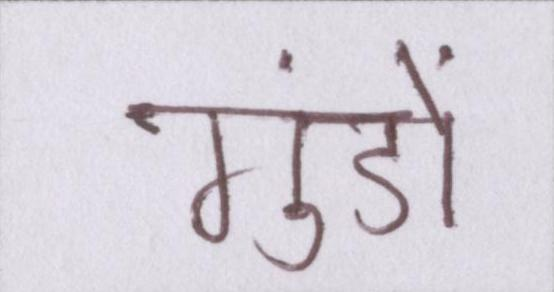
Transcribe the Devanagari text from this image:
गुंडों